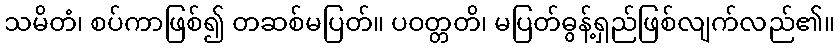
သမိတံ၊ စပ်ကာဖြစ်၍ တဆစ်မပြတ်။ ပဝတ္တတိ၊ မပြတ်ဓွန့်ရှည်ဖြစ်လျက်လည်၏။